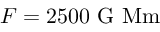
F = 2 5 0 0 \ \mathrm { G \ M m }